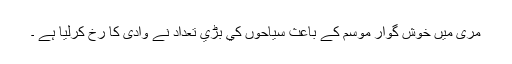
مری میں خوش گوار موسم کے باعث سياحوں کي بڑي تعداد نے وادی کا رخ کرليا ہے ۔